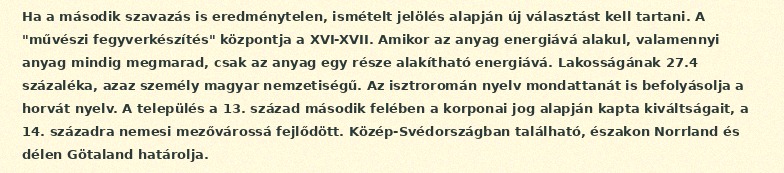
Ha a második szavazás is eredménytelen, ismételt jelölés alapján új választást kell tartani. A "művészi fegyverkészítés" központja a XVI-XVII. Amikor az anyag energiává alakul, valamennyi anyag mindig megmarad, csak az anyag egy része alakítható energiává. Lakosságának 27.4 százaléka, azaz személy magyar nemzetiségű. Az isztroromán nyelv mondattanát is befolyásolja a horvát nyelv. A település a 13. század második felében a korponai jog alapján kapta kiváltságait, a 14. századra nemesi mezővárossá fejlődött. Közép-Svédországban található, északon Norrland és délen Götaland határolja.